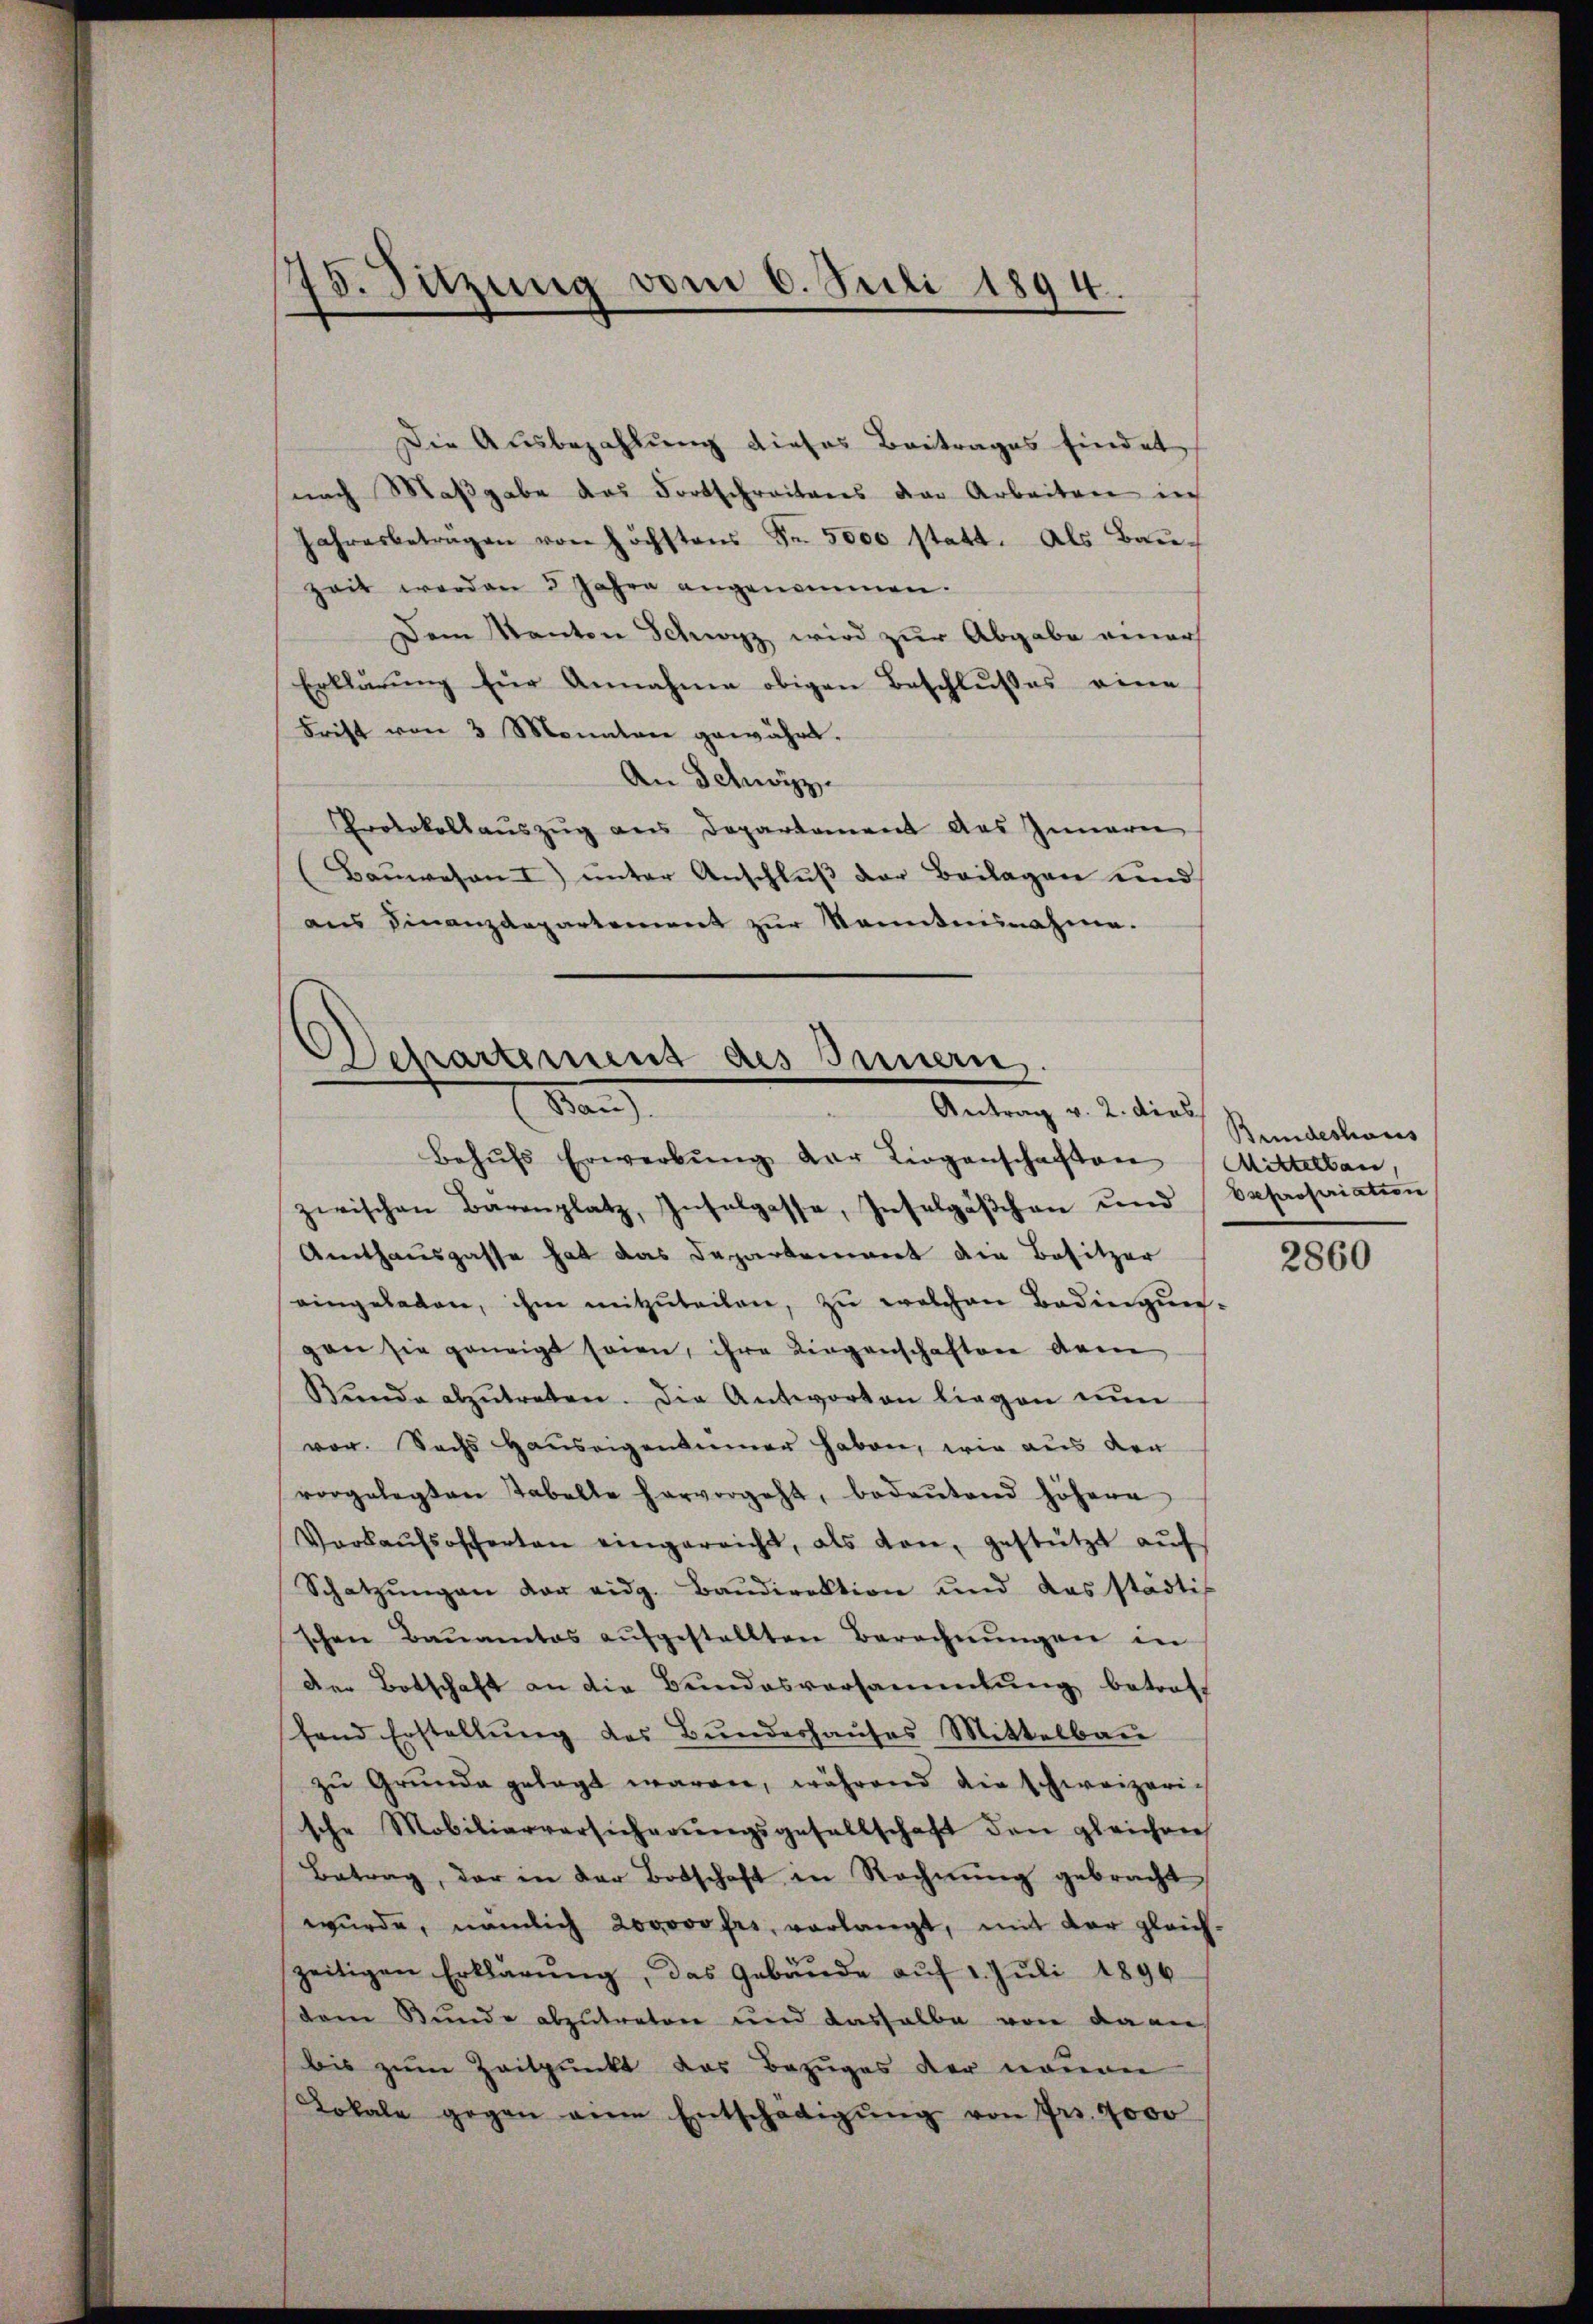
75. Sitzung vom 6. Juli 1894.
d

Die Ausbezahlung dieses Beitrages findet
nach Maβgabe das Fortschreitens der Arbeiten in
Jahresbeträgen von höchstens Fr. 5000 statt. Als Bau-
zeit worden 3 Jahre angenommen.
Dem Kanton Schwyz wird zur Abgabe einer
Erklärŭng für Annahme obigen Beschlußes eine
Frist von 3 Monatare gewährt.
An Schwyz
Protokollaŭszŭg ans Departament das Innern
(Baŭwesen I) ŭnter Anschlŭβ der Beilagen und
aus Finanzdepartement zur Monntennahme.

Departement des Innern.
Dan
Antrag v. 2. dies

Behŭfs Erwerbŭng der Liegenschaften Mittelbau,
zwischen Bärenplatz, Inselgasse, Inselgäβchen und
Amthausgasse hat das Departement die Besitzer
eingeladen, ihm mitzŭteilen, zŭ welchen Bedingŭn-
gan sie geneigt sein, ihre Liegenschaften Arme
Bŭnde abzŭtreten. Die Antworten liegen nŭn
vor. Sachs Hauseigentümer haben, wie aus der
vorgelegten Tabelle hervorgeht, bedeŭtend höhere
Verkaŭfsofferten eingereicht, als von gestützt aŭf
Schatzŭngen vor eidg. Baŭdirektion und das städtis
schen Baŭamtes aŭfgestellten Berechnŭngen in
Der Botschaft an die Bundesversammlung betroff
fand Erstellung des Bundeshauses Mittelbau
zŭ Grŭnda gelegt waren, während die Schweizerische Mobiliarversicherŭngsgesellschaft den gleichen
Betrag, der in der Botschaft in Rechnŭng gebracht
würde, nämlich 200000 frs, verlangt, mit der gleich-
zeitigen Erklärŭng, das Gebäŭde aŭf 1. Juli 1896
dem Bunde abzŭtreten und deshalbe von da an
bis zum Zeitpunkt das Bezuges der neuen
Lokale gegen eine Entschädigŭng von Frs. 9000

Bundeshaus
Expropriation

2860